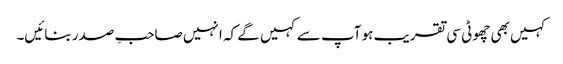
کہیں بھی چھوٹی سی تقریب ہو آپ سے کہیں گے کہ انہیں صاحبِ صدر بنائیں۔